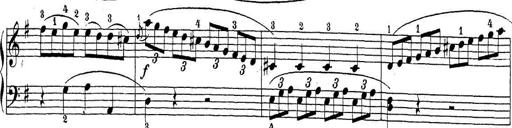
Title: Sonatina Album
Composer: Louis KÃ¶hler